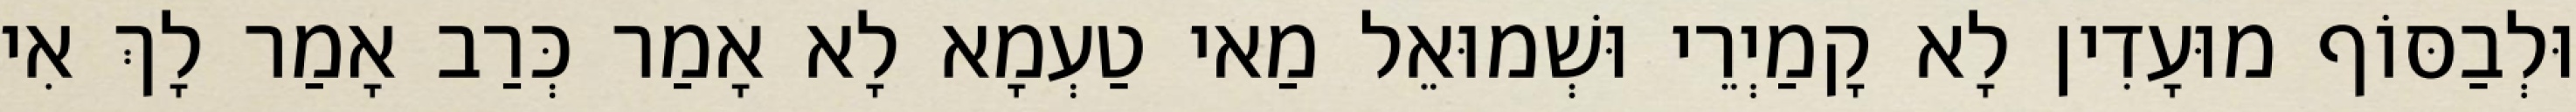
וּלְבַסּוֹף מוּעָדִין לָא קָמַיְרֵי וּשְׁמוּאֵל מַאי טַעְמָא לָא אָמַר כְּרַב אָמַר לָךְ אִי